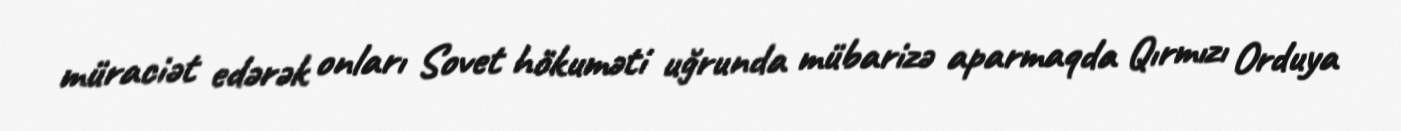
müraciət edərək onları Sovet hökuməti uğrunda mübarizə aparmaqda Qırmızı Orduya